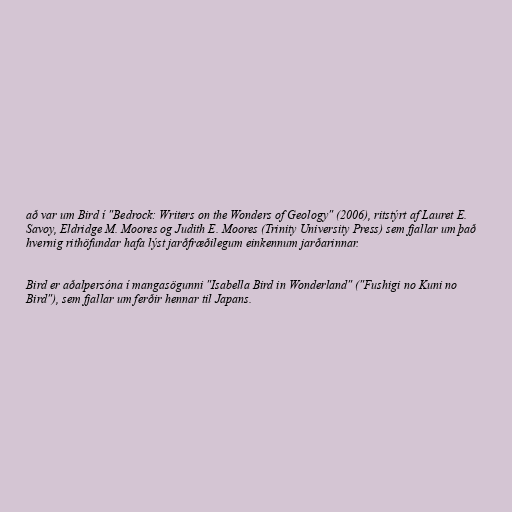
að var um Bird í "Bedrock: Writers on the Wonders of Geology" (2006), ritstýrt af Lauret E.
Savoy, Eldridge M. Moores og Judith E. Moores (Trinity University Press) sem fjallar um það
hvernig rithöfundar hafa lýst jarðfræðilegum einkennum jarðarinnar.

Bird er aðalpersóna í mangasögunni "Isabella Bird in Wonderland" ("Fushigi no Kuni no
Bird"), sem fjallar um ferðir hennar til Japans.